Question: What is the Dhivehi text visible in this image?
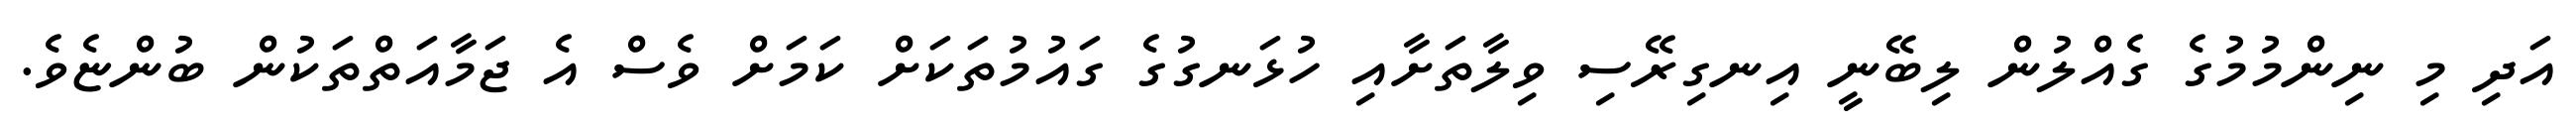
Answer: އަދި މި ނިންމުމުގެ ގެއްލުން ލިބޭނީ އިނގިރޭސި ވިލާތަށާއި ހުޅަނގުގެ ގައުމުތަކަށް ކަމަށް ވެސް އެ ޖަމާއަތްތަކުން ބުންޏެވެ.